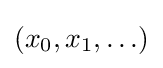
\textstyle (x_{0},x_{1},\ldots )